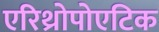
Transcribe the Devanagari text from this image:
एरिथ्रोपोएटिक